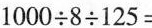
$$1 0 0 0 \div 8 \div 125 =$$